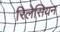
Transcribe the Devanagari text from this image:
रिलेसियन